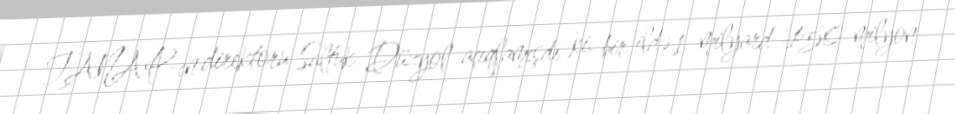
TANAP-ın direktoru Saltuk Düzyol açıqlamışdı ki, bir ildə 1 milyard 450 milyon